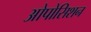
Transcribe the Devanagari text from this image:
ओपोसिशन